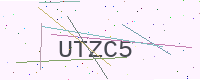
Text: UTZC5